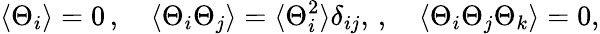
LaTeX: \langle\Theta_{i}\rangle=0\, ,\quad\langle\Theta_{i}\Theta_{j}\rangle=\langle\Theta_{i}^{2}\rangle\delta_{ij},\, ,\quad\langle\Theta_{i}\Theta_{j}\Theta_{k}\rangle=0,